Report on vaccination in Madras 1877-1894 - 1877-1894
Year: 1877
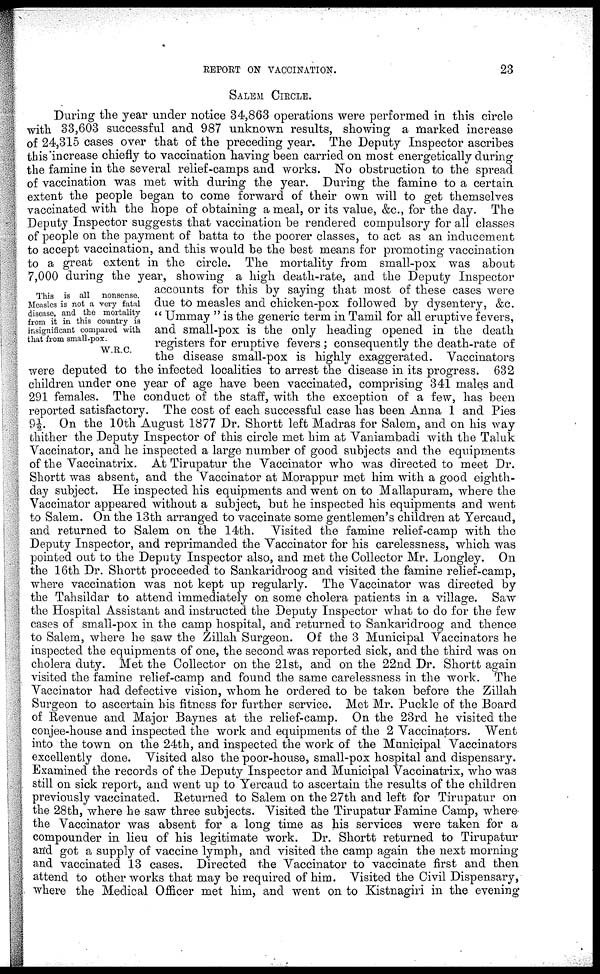
REPORT ON VACCINATION.
23
SALEM CIRCLE.
This is all nonsense.
Measles is not a very fatal
disease, and the mortality
from it in this country is
insignificant compared with
that from small-pox.
W.R.C.
During the year under notice 34,863 operations were performed in this circle
with 33,603 successful and 987 unknown results, showing a marked increase
of 24,315 cases over that of the preceding year. The Deputy Inspector ascribes
this increase chiefly to vaccination having been carried on most energetically during
the famine in the several relief-camps and works. No obstruction to the spread
of vaccination was met with during the year. During the famine to a certain
extent the people began to come forward of their own will to get themselves
vaccinated with the hope of obtaining a meal, or its value, &c., for the day. The
Deputy Inspector suggests that vaccination be rendered compulsory for all classes
of people on the payment of batta to the poorer classes, to act as an inducement
to accept vaccination, and this would be the best means for promoting vaccination
to a great extent in the circle. The mortality from small-pox was about
7,000 during the year, showing a high death-rate, and the Deputy Inspector
accounts for this by saying that most of these cases were
due to measles and chicken-pox followed by dysentery, &c.
" Ummay " is the generic term in Tamil for all eruptive fevers,
and small-pox is the only heading opened in the death
registers for eruptive fevers ; consequently the death-rate of
the disease small-pox is highly exaggerated. Vaccinators
were deputed to the infected localities to arrest the disease in its progress. 632
children under one year of age have been vaccinated, comprising 341 males and
291 females. The conduct of the staff, with the exception of a few, has been
reported satisfactory. The cost of each successful case has been Anna 1 and Pies
9½. On the 10th August 1877 Dr. Shortt left Madras for Salem, and on his way
thither the Deputy Inspector of this circle met him at Vaniambadi with the Taluk
Vaccinator, and he inspected a large number of good subjects and the equipments
of the Vaccinatrix. At Tirupatur the Vaccinator who was directed to meet Dr.
Shortt was absent, and the Vaccinator at Morappur met him with a good eighth-
day subject. He inspected his equipments and went on to Mallapuram, where the
Vaccinator appeared without a subject, but he inspected his equipments and went
to Salem. On the 13th arranged to vaccinate some gentlemen's children at Yercaud,
and returned to Salem on the 14th. Visited the famine relief-camp with the
Deputy Inspector, and reprimanded the Vaccinator for his carelessness, which was
pointed out to the Deputy Inspector also, and met the Collector Mr. Longley. On
the 16th Dr. Shortt proceeded to Sankaridroog and visited the famine relief-camp,
where vaccination was not kept up regularly. The Vaccinator was directed by
the Tahsildar to attend immediately on some cholera patients in a village. Saw
the Hospital Assistant and instructed the Deputy Inspector what to do for the few
cases of small-pox in the camp hospital, and returned to Sankaridroog and thence
to Salem, where he saw the Zillah Surgeon. Of the 3 Municipal Vaccinators he
inspected the equipments of one, the second was reported sick, and the third was on
cholera duty. Met the Collector on the 21st, and on the 22nd Dr. Shortt again
visited the famine relief-camp and found the same carelessness in the work. The
Vaccinator had defective vision, whom he ordered to be taken before the Zillah
Surgeon to ascertain his fitness for further service. Met Mr. Puckle of the Board
of Revenue and Major Baynes at the relief-camp. On the 23rd he visited the
conjee-house and inspected the work and equipments of the 2 Vaccinators. Went
into the town on the 24th, and inspected the work of the Municipal Vaccinators
excellently done. Visited also the poor-house, small-pox hospital and dispensary.
Examined the records of the Deputy Inspector and Municipal Vaccinatrix, who was
still on sick report, and went up to Yercaud to ascertain the results of the children
previously vaccinated. Returned to Salem on the 27th and left for Tirupatur on
the 28th, where he saw three subjects. Visited the Tirupatur Famine Camp, where
the Vaccinator was absent for a long time as his services were taken for a
compounder in lieu of his legitimate work. Dr. Shortt returned to Tirupatur
and got a supply of vaccine lymph, and visited the camp again the next morning
and vaccinated 13 cases. Directed the Vaccinator to vaccinate first and then
attend to other works that may be required of him. Visited the Civil Dispensary,
where the Medical Officer met him, and went on to Kistnagiri in the evening